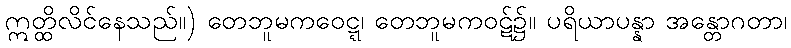
ဣတ္ထိလိင်နေသည်။) တေဘူမကဝေဋ္ဋ၊ တေဘူမကဝဋ်၌။ ပရိယာပန္နာ အန္တောဂတာ၊